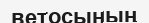
ветосының